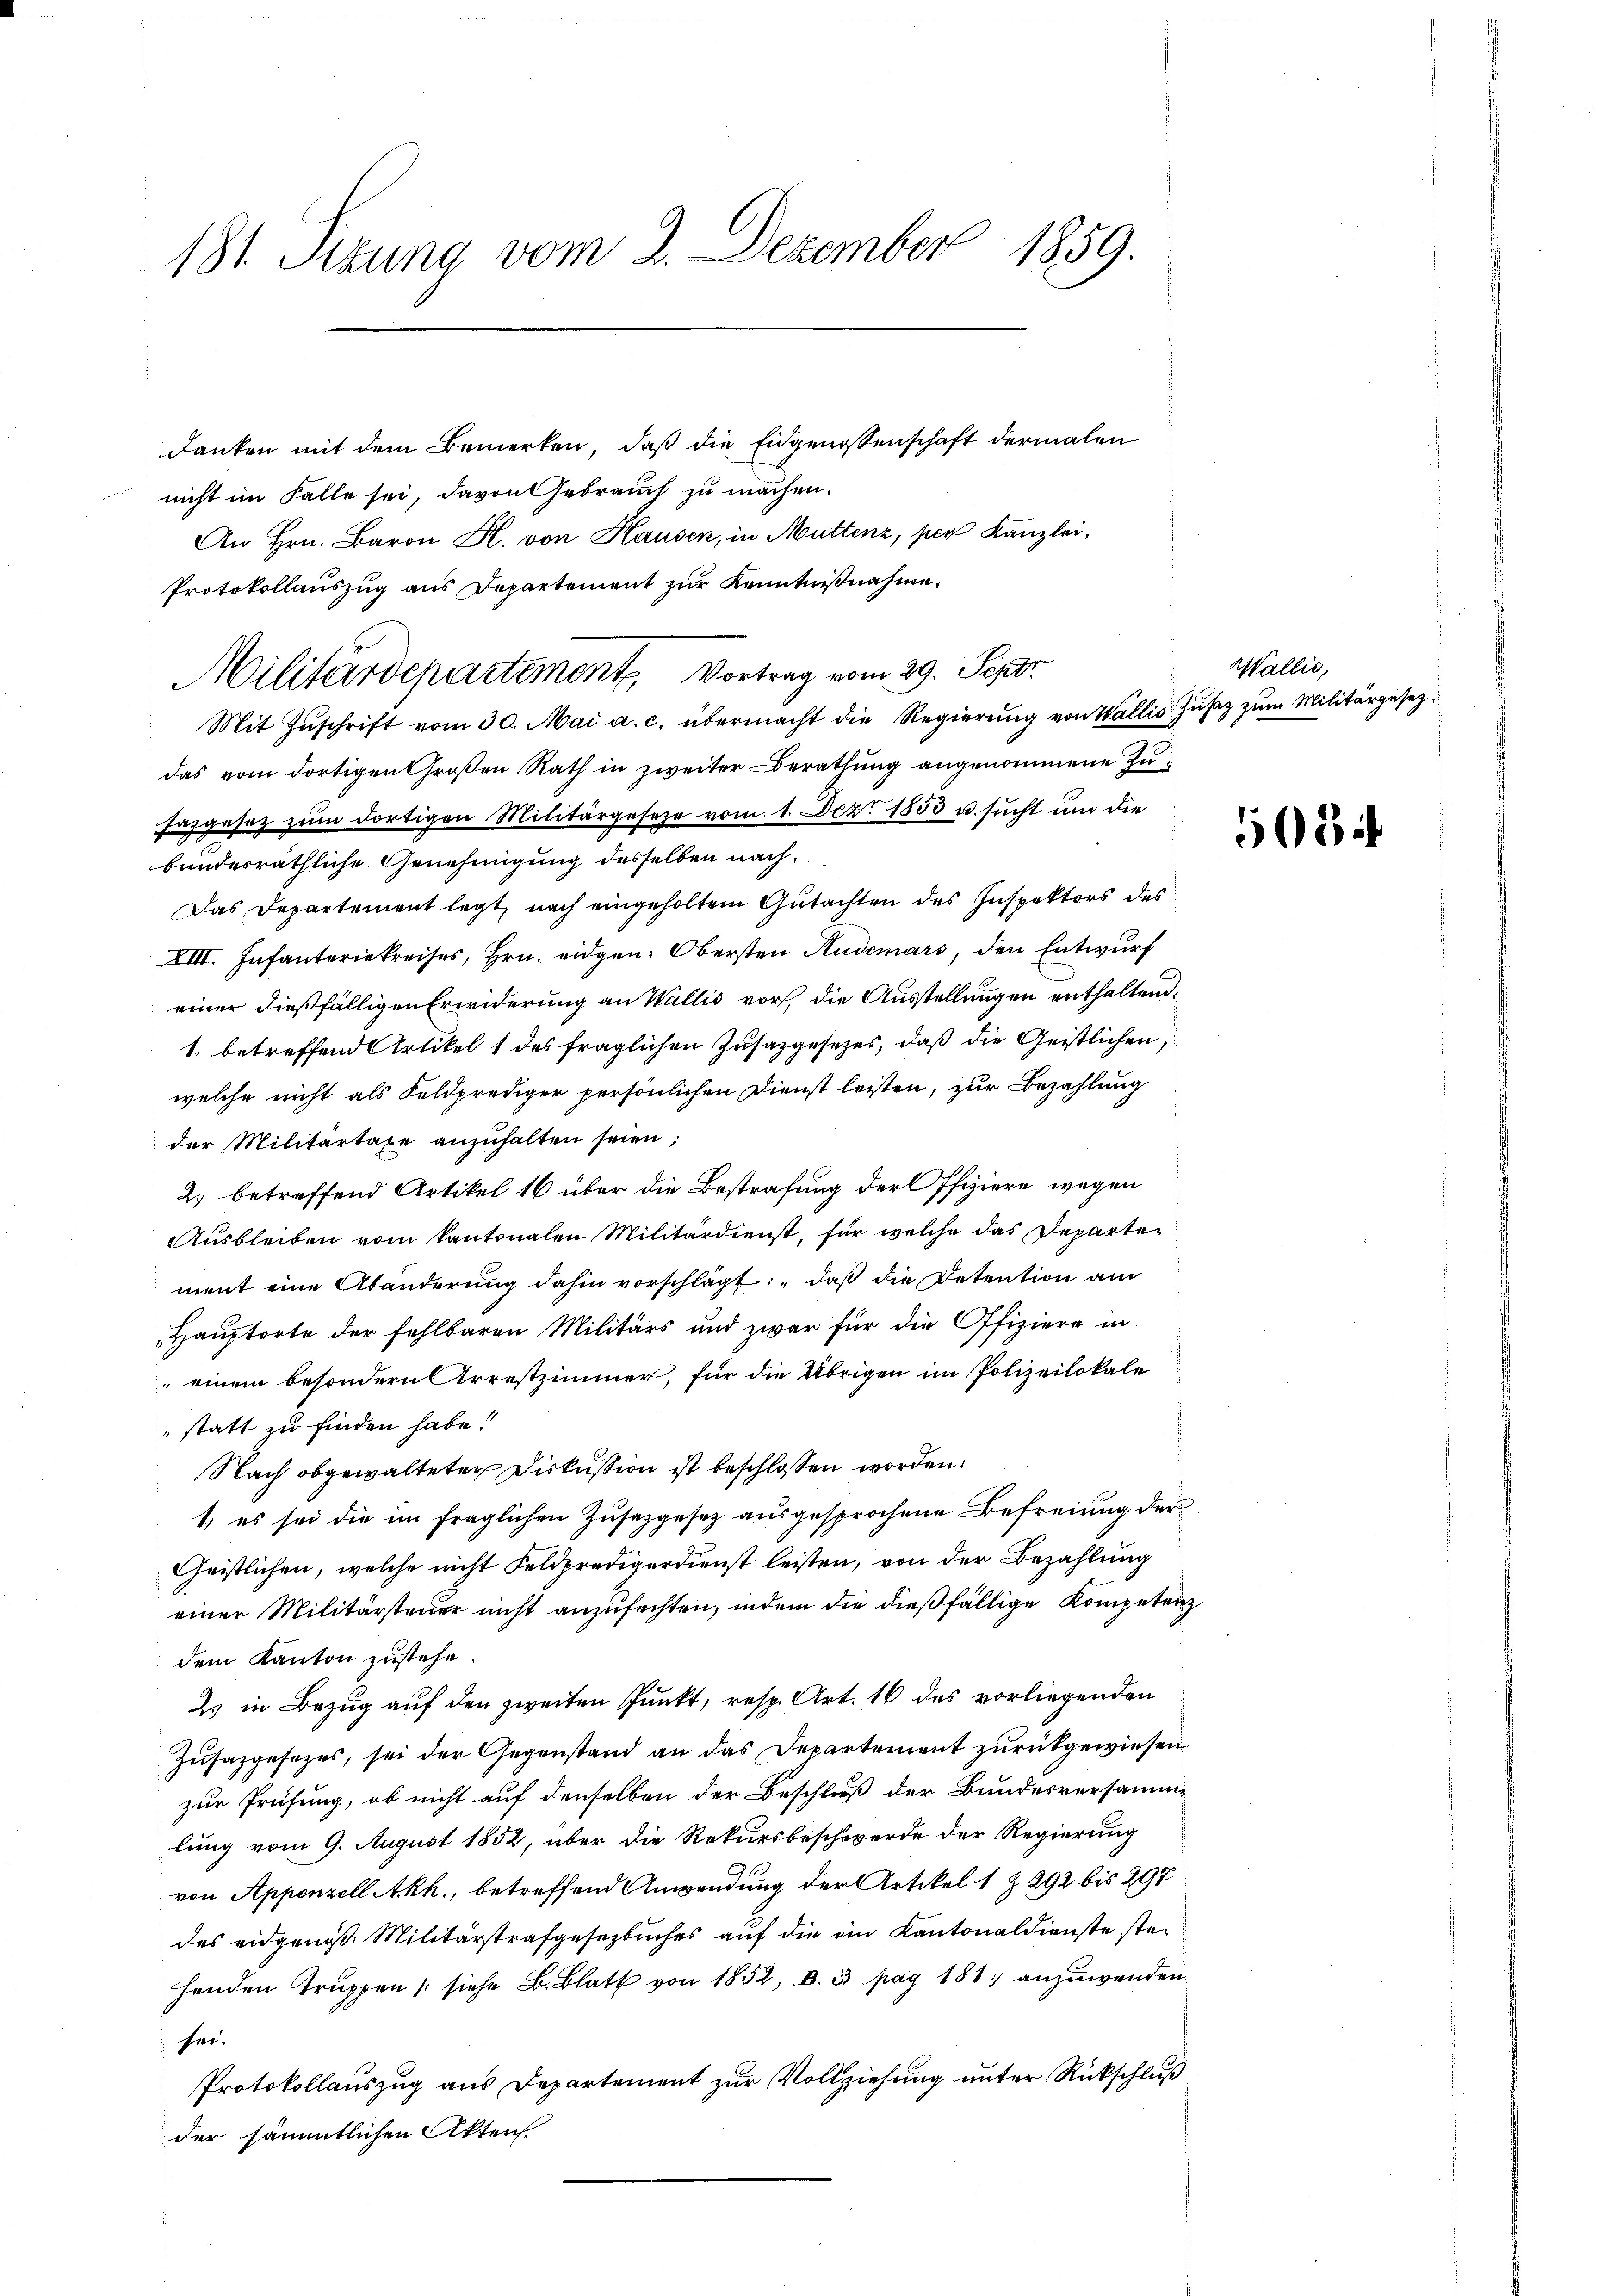
181. Sizung vom 2. Dezember 1859.

danken mit dem Bemerken, daß die Eidgenossenschaft dermalen
nicht im Falle sei, davon Gebrauch zu machen.
An Hrn. Baron R. von Hausen, in Muttenz, per Kanzlei,
Protokollauszug aus Departement zur Kenntnißnahme.
Mit Zŭschrift vom 30. Mai a. c. übermacht die Regierŭng von Wallis Zŭsaz zŭm Militärgesezdas vom dortigen Großen Rath in zweiter Berathung angenommene Zusazgesez zŭm dortigen Militärgesetze vom 1. Dez. 1853 u. sucht um die
bundesräthliche Genehmigung desselben nach¬
Das Departement legt, nach eingeholtem Gutachten des Inspektors des
XIII. Infanteriekreises, Hrn. eidgen. Obersten Rudemars, den Entwurf
einer dießfälligen Erwiderung an Wallis vor, die Ausstellungen enthaltend:
1. betreffend Artikel 1 des fraglichen Zusazgesetzes, daß die Geistlichen,
welche nicht als Feldprediger persönlichen Dienst leisten, zur Bezahlung
der Militärtaxe anzŭhalten seien;
2) betreffend Artikel 16 über die Bestrafung der Pfiziere wegen
Ausbleiben vom kantonalen Militärdienst, für welche das Departement eine Abänderŭng dahin vorschlägt: „daß die Detention am
Hauptorte der fehlbaren Militärs und zwar für die Offiziere in
 einem besondern Arrestzimmer, für die Übrigen im Polizeilokale
statt zu finden habe!
Nach obgewalteter Diskussion ist beschlossen worden.
1, es sei die im fraglichen Zusatzgesez ausgesprochene Befreiung der
Geistlichen, welche nicht Feldpredigerdienst leisten, von der Bezahlung
einer Militärsteuer nicht anzufechten, indem die dießfällige Kompetenz
dem Kanton zustehe.
2. in Bezug auf den zweiten Punkt, resp. Art. 16 des vorliegenden
Zusazgesezes, sei der Gegenstand an das Departement zurückgewiesen
zur Prüfung, ob nicht auf denselben der Beschluß der Bundesversammlung vom 9. August 1852, über die Rekursbeschwerde der Regierung
von Appenzell A.Rh., betreffend Anwendung der Artikel 1 § 292 bis 297
des eidgenöß. Militärstrafgesezbuches auf die in Kantonaldienste stehenden Truppen (siehe B. Blatt von 1852, B. 3. pag 181; anzuwenden
sei.
Protokollauszug aus Departement zur Vollziehung unter Rückschluß
der sämmtlichen Akten

Militärdepartement, Vortrag vom 29. Sept.

Wallis,

508